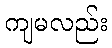
ကျမလည်း